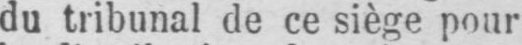
du tribunal de ce siège pour